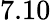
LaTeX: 7.10